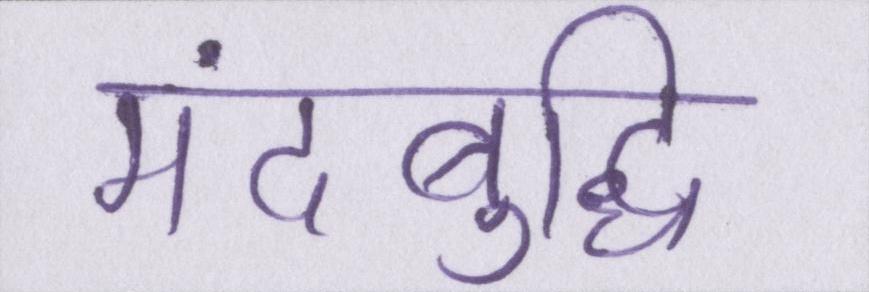
मंदबुद्धि